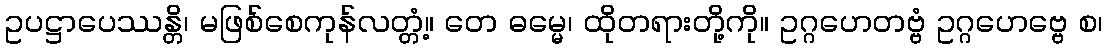
ဥပဋ္ဌာပေဿန္တိ၊ မဖြစ်စေကုန်လတ္တံ့။ တေ ဓမ္မေ၊ ထိုတရားတို့ကို။ ဥဂ္ဂဟေတဗ္ဗံ ဥဂ္ဂဟေဗ္ဗေ စ၊